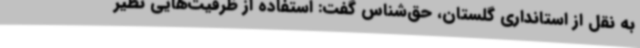
به نقل از استانداری گلستان، حق‌شناس گفت: استفاده از ظرفیت‌هایی نظیر